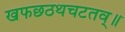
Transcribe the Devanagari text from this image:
खफछठथचटतव्॥